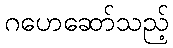
ဂဟေဆော်သည့်